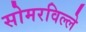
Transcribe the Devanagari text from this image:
सोमरविल्ले